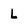
Character: L